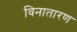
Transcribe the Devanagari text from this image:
विनातारण